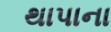
થાપાના